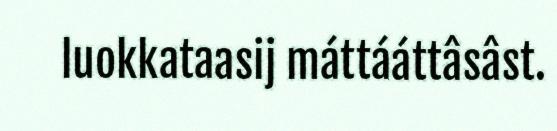
luokkataasij máttááttâsâst.